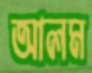
আলম